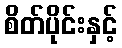
စိတ်ပိုင်းနှင့်